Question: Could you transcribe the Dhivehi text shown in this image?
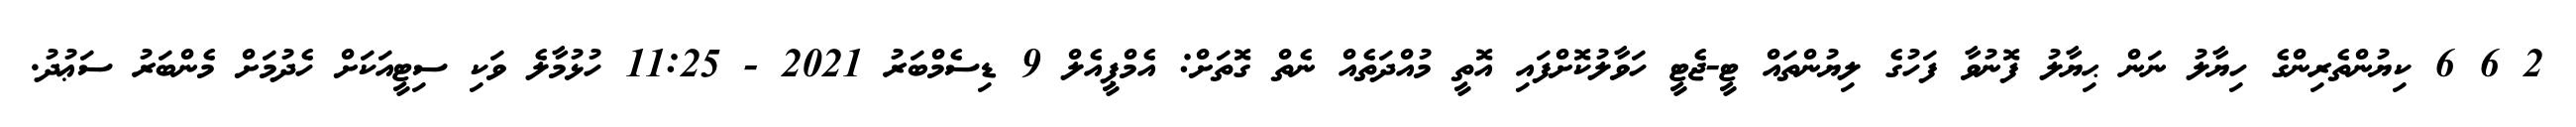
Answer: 2 6 6 ކިޔުންތެރިންގެ ހިޔާލު ނަން ޙިޔާލު ފޮނުވާ ފަހުގެ ލިޔުންތައް ޓީ-ޖެޓީ ހަވާލުކޮށްފައި އޮތީ މުއްދަތެއް ނެތް ގޮތަށް: އެމްޕީއެލް 9 ޑިސެމްބަރު 2021 - 11:25 ހުޅުމާލެ ވަކި ސިޓީއަކަށް ހެދުމަށް މެންބަރު ސަޢުދު.